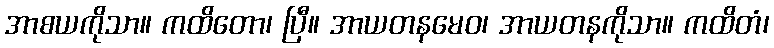
အာစယကိုသာ။ ကထိတော၊ ပြီ။ အာယတနမေဝ၊ အာယတနကိုသာ။ ကထိတံ၊